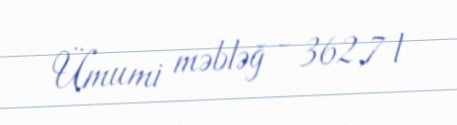
Ümumi məbləğ - 362,7 l